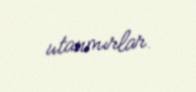
utanmırlar.